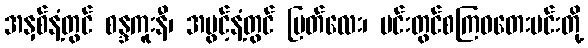
အနှစ်နံ့တွင် စန္ဒကူးနီ၊ အပွင့်နံ့တွင် မြတ်လေး၊ မင်းတွင်စကြဝတေးမင်းတို့